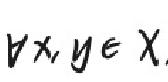
$\forall x,y\in X$